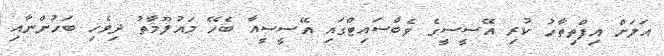
އަލަށް އިފްތިތާހު ކުރި އޭސީސީގެ ވެބްސައިޓްގައި އޭސީސީއާ ބެހޭ މައުލޫމާތު ދިވެހި ބަހުންނާއި